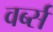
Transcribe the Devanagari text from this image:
वर्ब्स